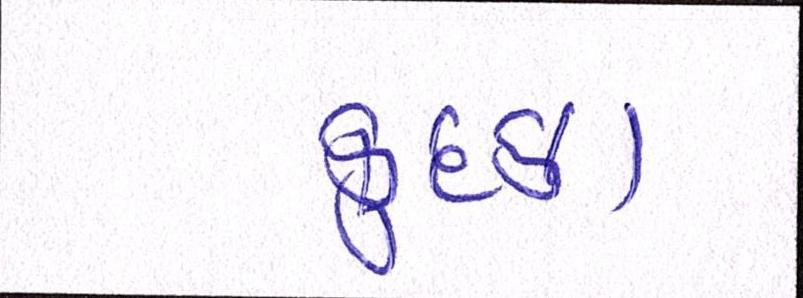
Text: કુદકા